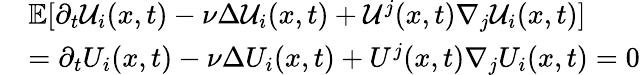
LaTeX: \begin{array}{rl}&{\mathbb{E}[\partial_{t}\mathcal{U}_{i}(x,t)-\nu\Delta\mathcal{U}_{i}(x,t)+\mathcal{U}^{j}(x,t)\nabla_{j}\mathcal{U}_{i}(x,t)]}\\ &{=\partial_{t}{U}_{i}(x,t)-\nu\Delta{U}_{i}(x,t)+{U}^{j}(x,t)\nabla_{j}{U}_{i}(x,t)=0}\end{array}